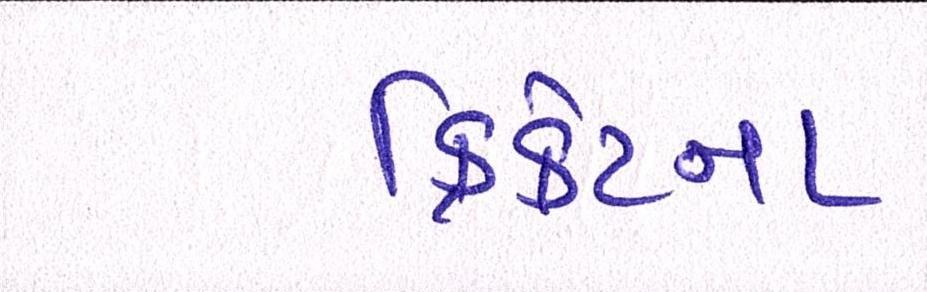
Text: ક્રિકેટના